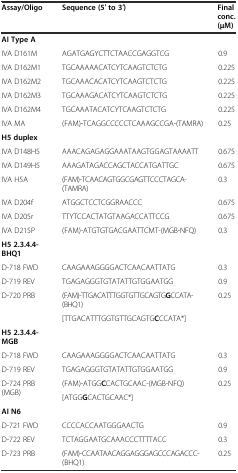
| Assay/Oligo | Sequence (5′ to 3′) | Final conc. (μM) |
 | --- | --- | --- |
 | AI Type A |  |  |
 | IVA D161M | AGATGAGYCTTCTAACCGAGGTCG | 0.9 |
 | IVA D162M1 | TGCAAAAACATCYTCAAGTCTCTG | 0.225 |
 | IVA D162M2 | TGCAAACACATCYTCAAGTCTCTG | 0.225 |
 | IVA D162M3 | TGCAAAGACATCYTCAAGTCTCTG | 0.225 |
 | IVA D162M4 | TGCAAATACATCYTCAAGTCTCTG | 0.225 |
 | IVA MA | (FAM)-TCAGGCCCCCTCAAAGCCGA-(TAMRA) | 0.25 |
 | H5 duplex |  |  |
 | IVA D148H5 | AAACAGAGAGGAAATAAGTGGAGTAAAATT | 0.675 |
 | IVA D149H5 | AAAGATAGACCAGCTACCATGATTGC | 0.675 |
 | IVA H5A | (FAM)-TCAACAGTGGCGAGTTCCCTAGCA-(TAMRA) | 0.3 |
 | IVA D204f | ATGGCTCCTCGGRAACCC | 0.675 |
 | IVA D205r | TTYTCCACTATGTAAGACCATTCCG | 0.675 |
 | IVA D215P | (FAM)-ATGTGTGACGAATTCMT-(MGB-NFQ) | 0.3 |
 | H5 2.3.4.4-BHQ1 |  |  |
 | D-718 FWD | CAAGAAAGGGGACTCAACAATTATG | 0.3 |
 | D-719 REV | TGAGAGGGTGTATATTGTGGAATGG | 0.9 |
 | <ROWSPAN=2> D-720 PRB | (FAM)-TTGACATTTGGTGTTGCAGTGGCCATA-(BHQ1) | <ROWSPAN=2> 0.25 |
 | [TTGACATTTGGTGTTGCAGTGCCCATA*] |
 | H5 2.3.4.4-MGB |  |  |
 | D-718 FWD | CAAGAAAGGGGACTCAACAATTATG | 0.3 |
 | D-719 REV | TGAGAGGGTGTATATTGTGGAATGG | 0.9 |
 | <ROWSPAN=2> D-724 PRB (MGB) | (FAM)-ATGGCCACTGCAAC-(MGB-NFQ) | <ROWSPAN=2> 0.25 |
 | [ATGGGCACTGCAAC*] |
 | AI N6 |  |  |
 | D-721 FWD | CCCCACCAATGGGAACTG | 0.9 |
 | D-722 REV | TCTAGGAATGCAAACCCTTTTACC | 0.3 |
 | D-723 PRB | (FAM)-CCAATAACAGGAGGGAGCCCAGACCC-(BHQ1) | 0.25 |